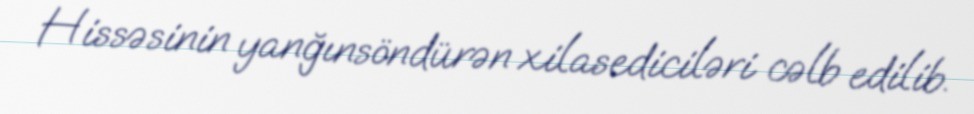
Hissəsinin yanğınsöndürən xilasediciləri cəlb edilib.